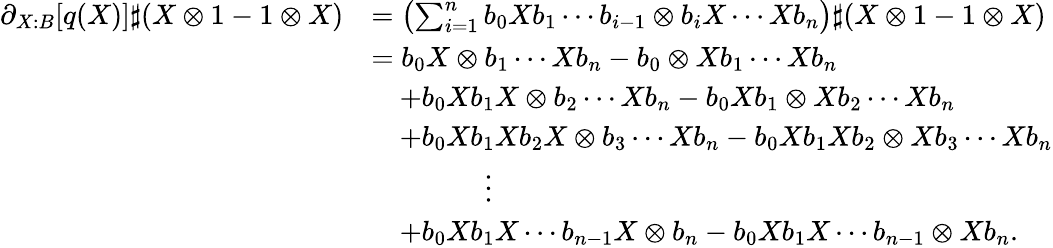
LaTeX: \begin{array}{rl}{\partial_{X:B}[q(X)]\sharp(X\otimes 1-1\otimes X)}&{=\left(\sum_{i=1}^{n}b_{0}Xb_{1}\cdots b_{i-1}\otimes b_{i}X\cdots Xb_{n}\right)\sharp(X\otimes 1-1\otimes X)}\\ &{=b_{0}X\otimes b_{1}\cdots Xb_{n}-b_{0}\otimes Xb_{1}\cdots Xb_{n}}\\ &{\quad+b_{0}Xb_{1}X\otimes b_{2}\cdots Xb_{n}-b_{0}Xb_{1}\otimes Xb_{2}\cdots Xb_{n}}\\ &{\quad+b_{0}Xb_{1}Xb_{2}X\otimes b_{3}\cdots Xb_{n}-b_{0}Xb_{1}Xb_{2}\otimes Xb_{3}\cdots Xb_{n}}\\ &{\qquad\qquad\vdots}\\ &{\quad+b_{0}Xb_{1}X\cdots b_{n-1}X\otimes b_{n}-b_{0}Xb_{1}X\cdots b_{n-1}\otimes Xb_{n}.}\end{array}